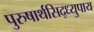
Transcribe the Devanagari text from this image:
पुरुषार्थसिद्ध्युपाय